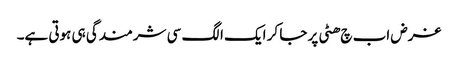
غرض اب چ ھٹی پر جا کر ایک الگ سی شرمندگی ہی ہوتی ہے۔